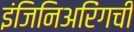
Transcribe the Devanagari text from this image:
इंजिनिअरिंगची